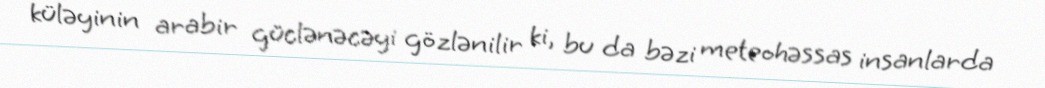
küləyinin arabir güclənəcəyi gözlənilir ki, bu da bəzi meteohəssas insanlarda